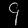
Digit: ၄